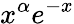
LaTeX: x^{\alpha}e^{-x}